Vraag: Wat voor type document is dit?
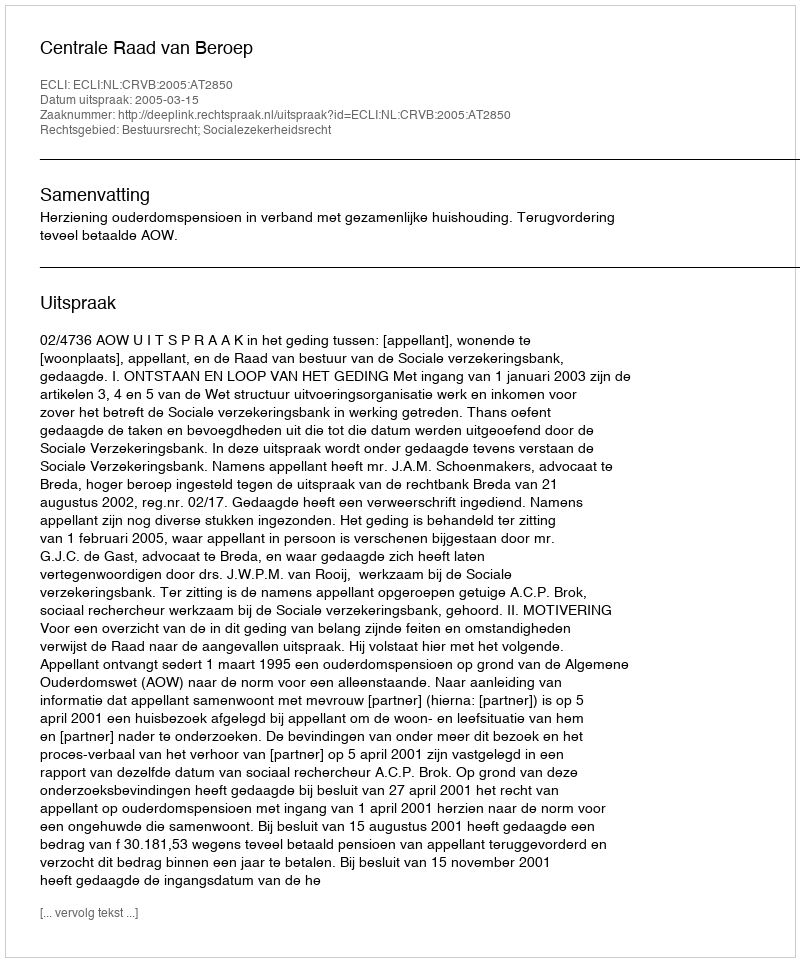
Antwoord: Uitspraak